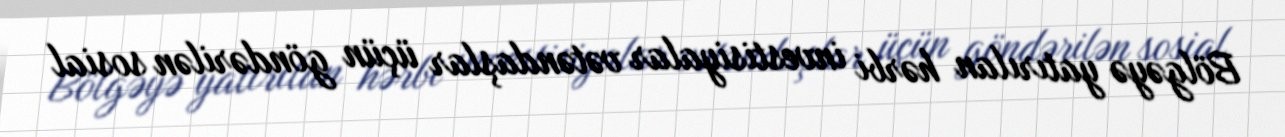
Bölgəyə yatırılan hərbi investisiyalar vətəndaşlar üçün göndərilən sosial